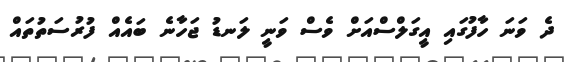
ދެ ވަނަ ހާފުގައި އީގަލްސްއަށް ވެސް ވަނީ ލަނޑު ޖަހާނެ ބައެއް ފުރުސަތުތައް